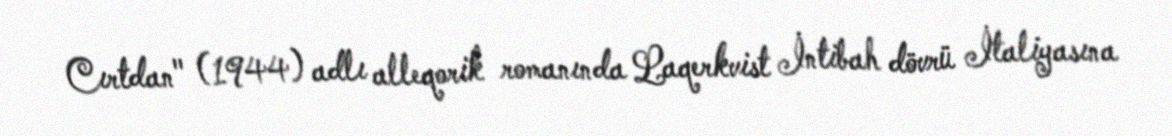
Cırtdan" (1944) adlı alleqorik romanında Laqerkvist İntibah dövrü İtaliyasına